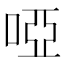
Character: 啞